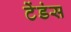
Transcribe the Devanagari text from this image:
टेंडंस